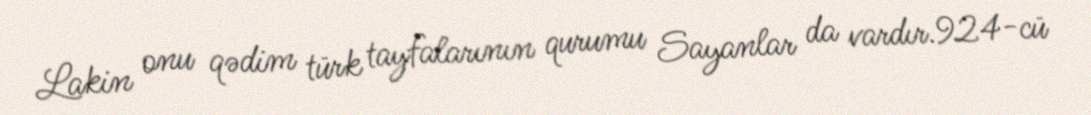
Lakin onu qədim türk tayfalarının qurumu Sayanlar da vardır.924-cü